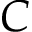
C